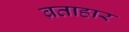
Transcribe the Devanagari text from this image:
व्रताहार